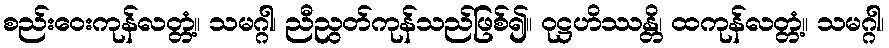
စည်းဝေးကုန်လတ္တံ့။ သမဂ္ဂါ၊ ညီညွတ်ကုန်သည်ဖြစ်၍။ ဝုဋ္ဌဟိဿန္တိ၊ ထကုန်လတ္တံ့။ သမဂ္ဂါ၊